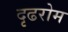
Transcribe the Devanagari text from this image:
दृढरोम